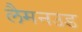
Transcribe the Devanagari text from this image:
लैमनउड